Insane asylums in Bengal annual reports 1867-1875 - 1867-1875
Year: 1867
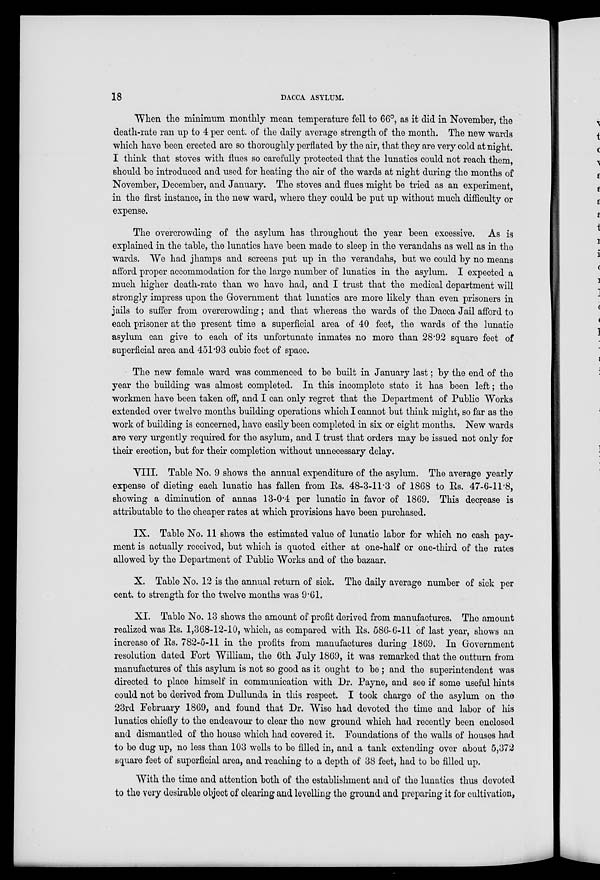
18
DACCA ASYLUM.
When the minimum monthly mean temperature fell to 66°, as it did in November, the
death-rate ran up to 4 per cent. of the daily average strength of the month. The new wards
which have been erected are so thoroughly perflated by the air, that they are very cold at night.
I think that stoves with flues so carefully protected that the lunatics could not reach them,
should be introduced and used for heating the air of the wards at night during the months of
November, December, and January. The stoves and flues might be tried as an experiment,
in the first instance, in the new ward, where they could be put up without much difficulty or
expense.
The overcrowding of the asylum has throughout the year been excessive. As is
explained in the table, the lunatics have been made to sleep in the verandahs as well as in the
wards. We had jhamps and screens put up in the verandahs, but we could by no means
afford proper accommodation for the large number of lunatics in the asylum. I expected a
much higher death-rate than we have had, and I trust that the medical department will
strongly impress upon the Government that lunatics are more likely than even prisoners in
jails to suffer from overcrowding; and that whereas the wards of the Dacca Jail afford to
each prisoner at the present time a superficial area of 40 feet, the wards of the lunatic
asylum can give to each of its unfortunate inmates no more than 28.92 square feet of
superficial area and 451.93 cubic feet of space.
The new female ward was commenced to be built in January last; by the end of the
year the building was almost completed. In this incomplete state it has been left; the
workmen have been taken off, and I can only regret that the Department of Public Works
extended over twelve months building operations which I cannot but think might, so far as the
work of building is concerned, have easily been completed in six or eight months. New wards
are very urgently required for the asylum, and I trust that orders may be issued not only for
their erection, but for their completion without unnecessary delay.
VIII. Table No. 9 shows the annual expenditure of the asylum. The average yearly
expense of dieting each lunatic has fallen from Rs. 48-3-11.3 of 1868 to Rs. 47-6-11.8,
showing a diminution of annas 13-0.4 per lunatic in favor of 1869. This decrease is
attributable to the cheaper rates at which provisions have been purchased.
IX. Table No. 11 shows the estimated value of lunatic labor for which no cash pay-
ment is actually received, but which is quoted either at one-half or one-third of the rates
allowed by the Department of Public Works and of the bazaar.
X. Table No. 12 is the annual return of sick. The daily average number of sick per
cent. to strength for the twelve months was 9.61.
XI. Table No. 13 shows the amount of profit derived from manufactures. The amount
realized was Rs. 1,368-12-10, which, as compared with Rs. 586-6-11 of last year, shows an
increase of Rs. 782-5-11 in the profits from manufactures during 1869. In Government
resolution dated Fort William, the 6th July 1869, it was remarked that the outturn from
manufactures of this asylum is not so good as it ought to be ; and the superintendent was
directed to place himself in communication with Dr. Payne, and see if some useful hints
could not be derived from Dullunda in this respect. I took charge of the asylum on the
23rd February 1869, and found that Dr. Wise had devoted the time and labor of his
lunatics chiefly to the endeavour to clear the new ground which had recently been enclosed
and dismantled of the house which had covered it. Foundations of the walls of houses had
to be dug up, no less than 103 wells to be filled in, and a tank extending over about 5,372
square feet of superficial area, and reaching to a depth of 38 feet, had to be filled up.
With the time and attention both of the establishment and of the lunatics thus devoted
to the very desirable object of clearing and levelling the ground and preparing it for cultivation,